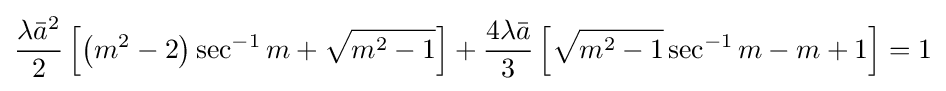
{\frac {\lambda {\bar {a}}^{2}}{2}}\left[\left(m^{2}-2\right)\sec ^{-1}m+{\sqrt {m^{2}-1}}\right]+{\frac {4\lambda {\bar {a}}}{3}}\left[{\sqrt {m^{2}-1}}\sec ^{-1}m-m+1\right]=1